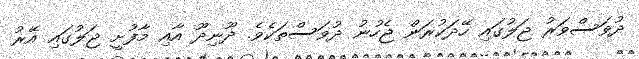
ދުވަސްވަރު ޖަލުގައި ހޭދަކުރަން ޖެހުނު ދުވަސްތަކެވެ. ދޫނިދޫ އާއި މާފުށީ ޖަލުގައި އޭރު